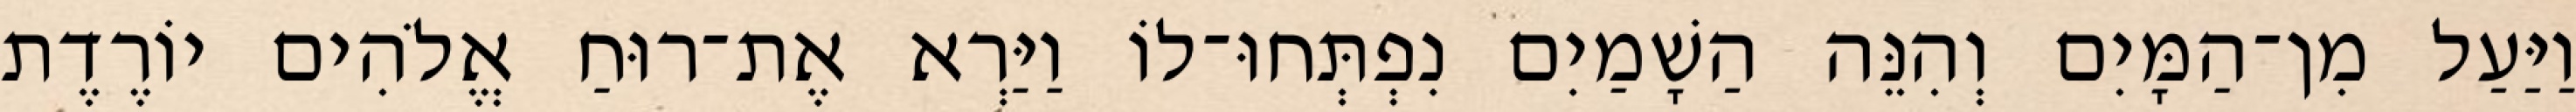
וַיַּעַל מִן־הַמָּיִם וְהִנֵּה הַשָׁמַיִם נִפְתְּחוּ־לוֹ וַיַּרְא אֶת־רוּחַ אֱלֹהִים יוֹרֶדֶת